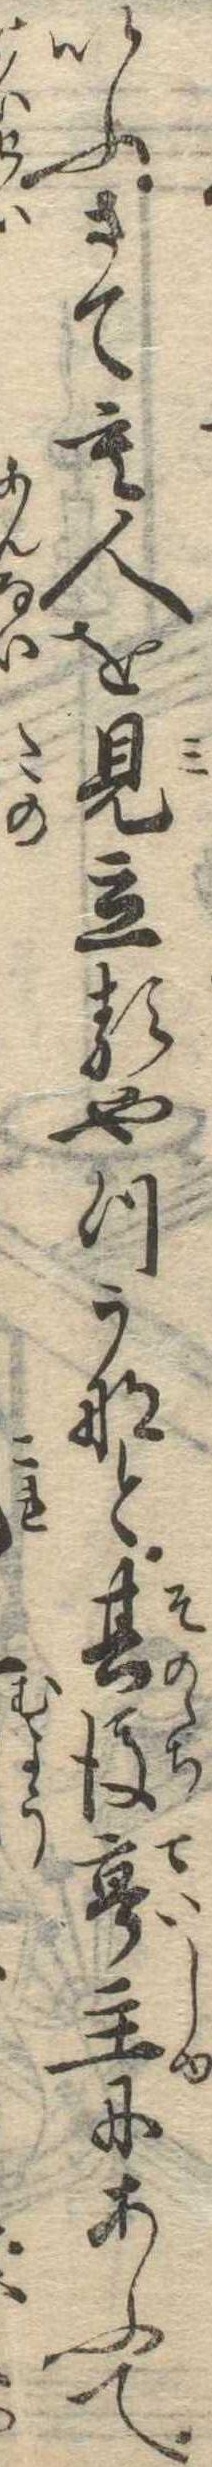
いふさても人を見立るやつかなと其後亭主にあふて